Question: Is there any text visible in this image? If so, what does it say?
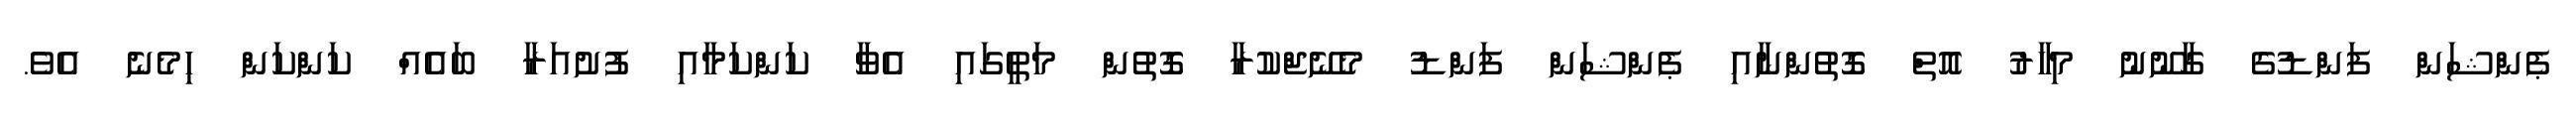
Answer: ޕެންޝަން ފަންޑުގެ ގާނޫނު މިހާރު އޮތް ގޮތުންނާއި ޕެންޝަން ފަންޑު މެނޭޖްކުރާ ގޮތުން މަތީގައި އެވާ ކަންކަމާއި ފުށުއަރާ ބައެއް ކަންކަން ހިމެނެ އެވެ.